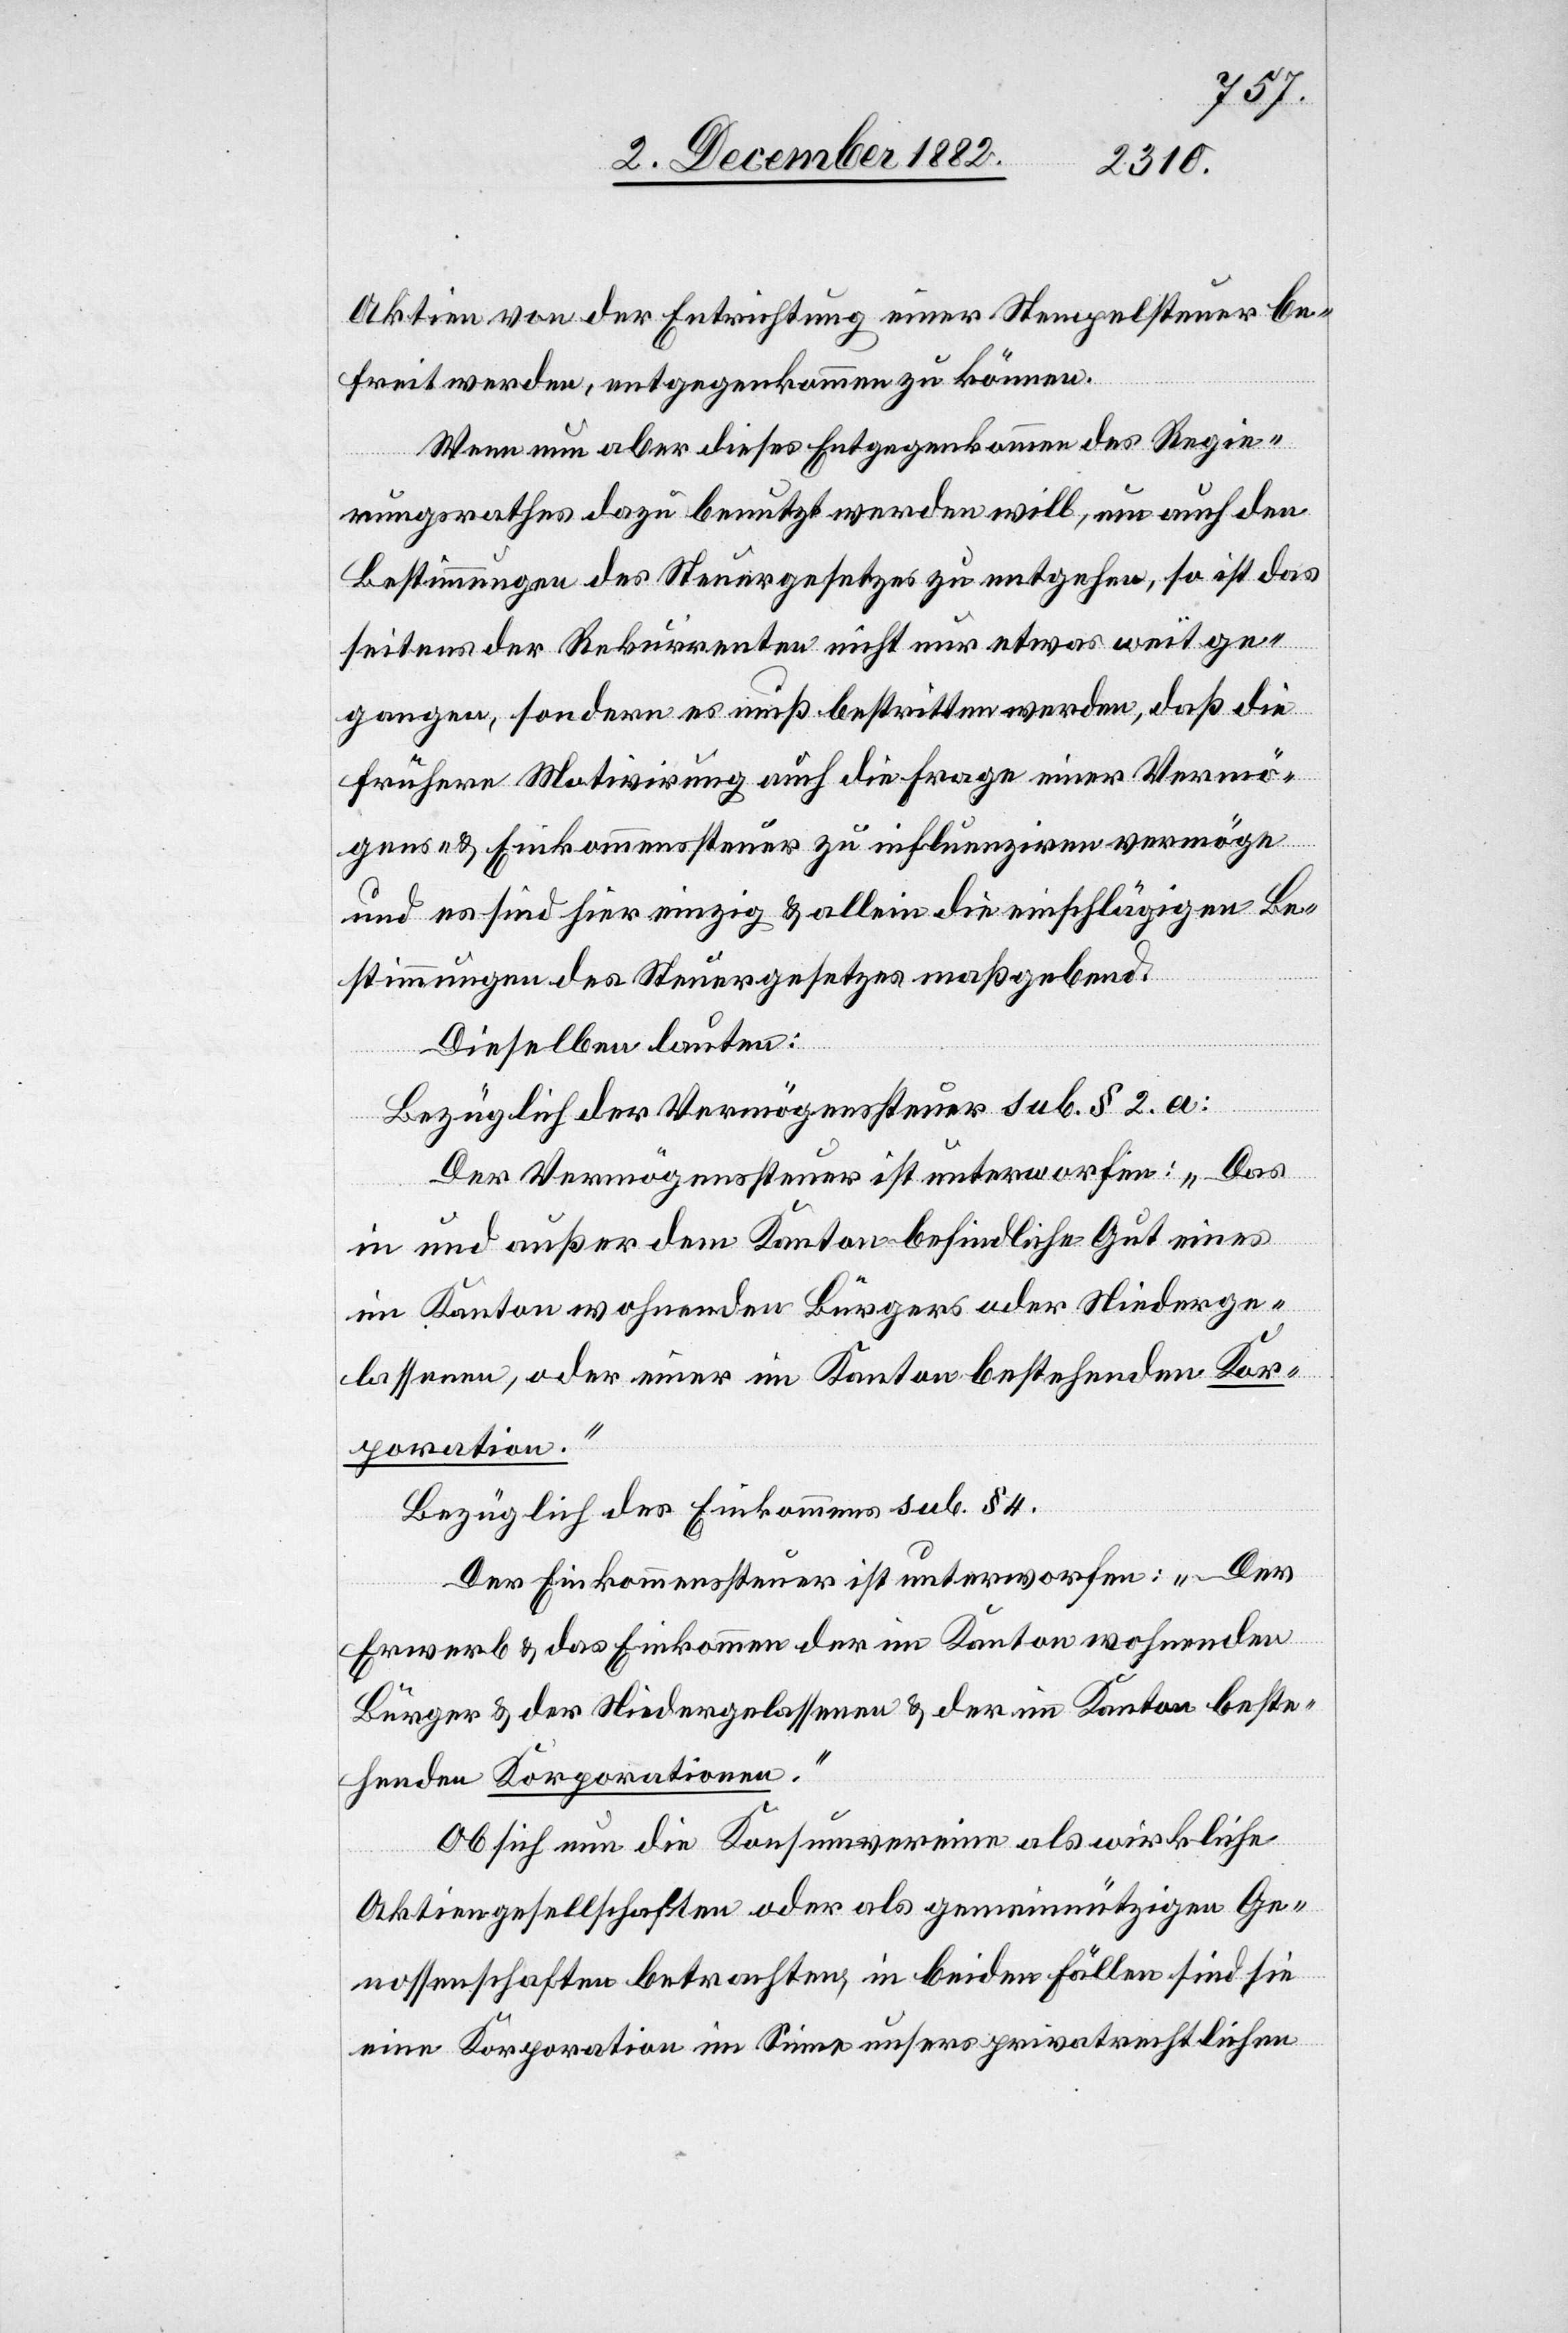
Aktien von der Entrichtung einer Stempelsteuer be¬
freit werden, entgegenkommen zu können.
Wenn nun aber dieses Entgegenkommen des Regie¬
rungsrathes dazu benutzt werden will, um auch den
Bestimmungen des Steuergesetzes zu entgehen, so ist das
seitens der Rekurrenten nicht nur etwas weit ge¬
gangen, sondern es muß bestritten werden, daß die
frühere Motivirung auch die Frage einer Vermö¬
gens- & Einkommenssteuer zu influenziren vermöge
und es sind hier einzig & allein die einschlägigen Be¬
stimmungen des Steuergesetzes maßgebend.
Dieselben lauten:
Bezüglich der Vermögenssteuer sub. § 2. a:
Der Vermögenssteuer ist unterworfen: „Das
in und außer dem Kanton befindliche Gut eines
im Kanton wohnenden Bürgers oder Niederge¬
lassenen, oder einer im Kanton bestehenden Kor¬
poration.“
Bezüglich des Einkommens sub. § 4.
Der Einkommenssteuer ist unterworfen: „Der
Erwerb & das Einkommen der im Kanton wohnenden
Bürger & der Niedergelassenen & der im Kanton beste¬
henden Korporationen.“
Ob sich nun die Konsumvereine als wirkliche
Aktiengesellschaften oder als gemeinnützigen
Genossenschaften betrachten, in beiden Fällen sind sie
eine Korporation im Sinne unsers privatrechtlichen